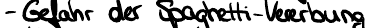
- Gefahr der Spaghetti-Vererbung